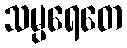
သမ္ပရေတေ